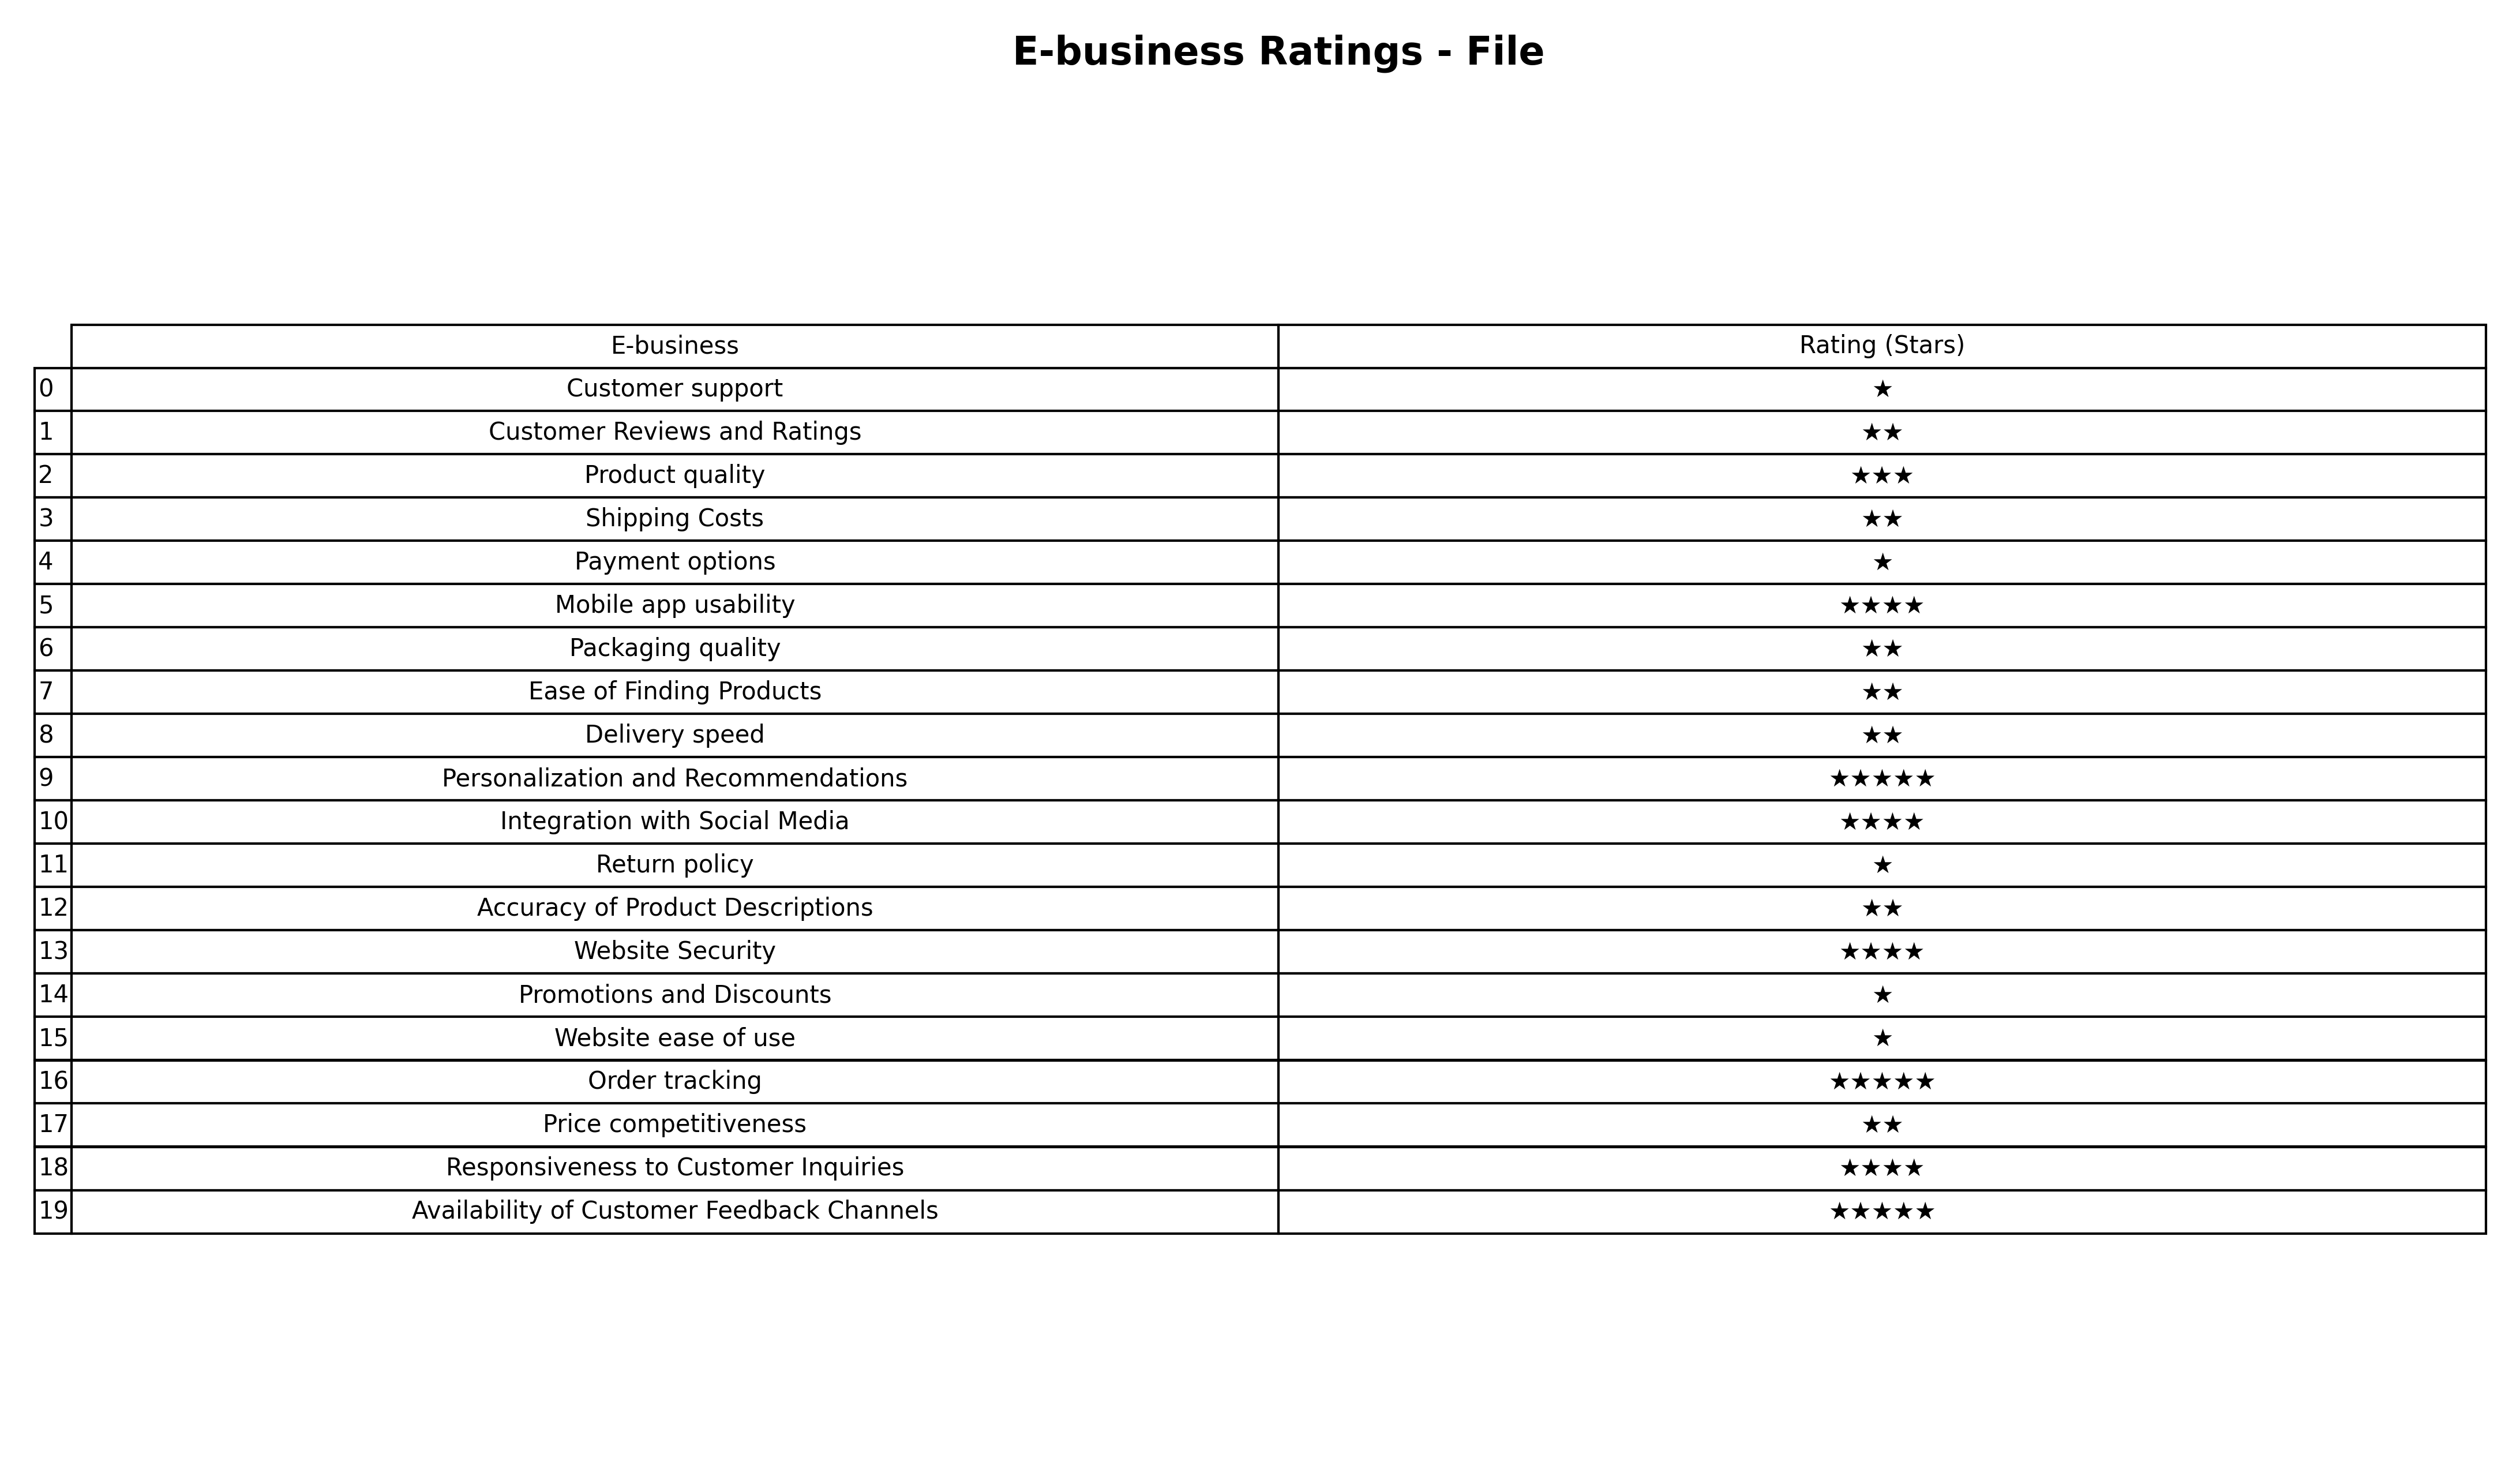
question: What is the rating of Ease of Finding Products?
answer: ★★